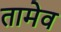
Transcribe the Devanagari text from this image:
तामेव